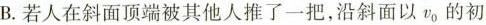
B.若人在斜面顶端被其他人推了一把，沿斜面以v_{0}，的初